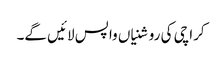
کراچی کی روشنیاں واپس لائیں گے۔